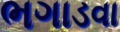
ભગાડવા